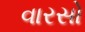
વારસો